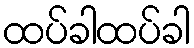
ထပ်ခါထပ်ခါ